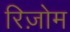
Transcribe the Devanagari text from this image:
रिज़ोम